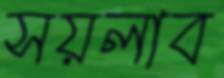
সয়লাব